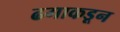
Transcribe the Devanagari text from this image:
ढगाकडून